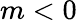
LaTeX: m<0